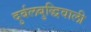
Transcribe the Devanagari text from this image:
दुर्बलबुद्धिवाली